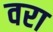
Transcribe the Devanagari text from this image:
वरा